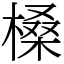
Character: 槡